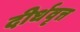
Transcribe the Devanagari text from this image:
दीर्धवृत्त